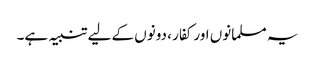
یہ مسلمانوں اور کفار ، دونوں کے لیے تنبیہ ہے۔